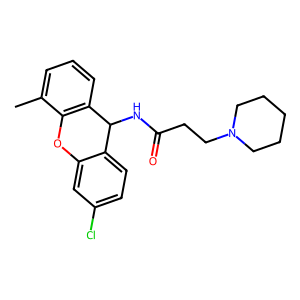
SMILES: Cc1cccc2c1Oc1cc(Cl)ccc1C2NC(=O)CCN1CCCCC1
Inhibits HIV replication: No